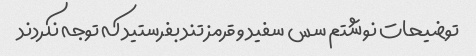
توضیحات نوشتم سس سفید و قرمز تند بفرستید که توجه نکردند